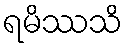
ရမိဿသိ